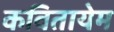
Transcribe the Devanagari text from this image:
कवितायेम